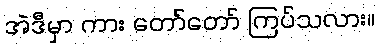
အဲဒီမှာ ကား တော်တော် ကြပ်သလား။